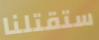
ستقتلنا